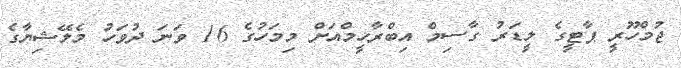
ޖުމްހޫރީ ޕާޓީގެ ލީޑަރު ގާސިމް އިބްރާހީމްއަށް މިމަހުގެ 16 ވަނަ ދުވަހު މެލޭޝިޔާގެ